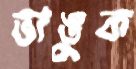
ভাঙুক